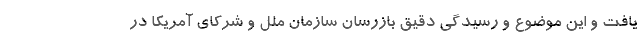
یافت و این موضوع و رسیدگی دقیق بازرسان سازمان ملل و شرکای آمریکا در